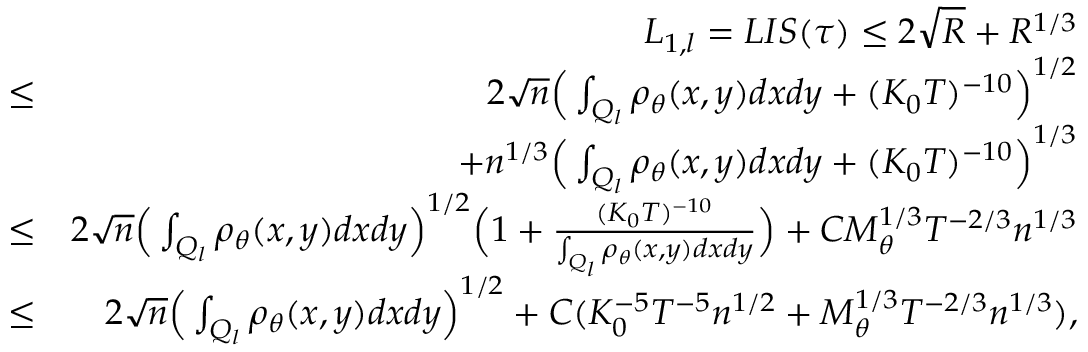
\begin{array} { r l r } & { } & { L _ { 1 , l } = L I S ( \tau ) \leq 2 \sqrt { R } + R ^ { 1 \slash 3 } } \\ & { \leq } & { 2 \sqrt { n } \Big ( \int _ { Q _ { l } } \rho _ { \theta } ( x , y ) d x d y + ( K _ { 0 } T ) ^ { - 1 0 } \Big ) ^ { 1 \slash 2 } } \\ & { } & { + n ^ { 1 \slash 3 } \Big ( \int _ { Q _ { l } } \rho _ { \theta } ( x , y ) d x d y + ( K _ { 0 } T ) ^ { - 1 0 } \Big ) ^ { 1 \slash 3 } } \\ & { \leq } & { 2 \sqrt { n } \Big ( \int _ { Q _ { l } } \rho _ { \theta } ( x , y ) d x d y \Big ) ^ { 1 \slash 2 } \Big ( 1 + \frac { ( K _ { 0 } T ) ^ { - 1 0 } } { \int _ { Q _ { l } } \rho _ { \theta } ( x , y ) d x d y } \Big ) + C M _ { \theta } ^ { 1 \slash 3 } T ^ { - 2 \slash 3 } n ^ { 1 \slash 3 } } \\ & { \leq } & { 2 \sqrt { n } \Big ( \int _ { Q _ { l } } \rho _ { \theta } ( x , y ) d x d y \Big ) ^ { 1 \slash 2 } + C ( K _ { 0 } ^ { - 5 } T ^ { - 5 } n ^ { 1 \slash 2 } + M _ { \theta } ^ { 1 \slash 3 } T ^ { - 2 \slash 3 } n ^ { 1 \slash 3 } ) , } \end{array}